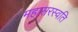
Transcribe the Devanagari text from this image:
महासरस्वति